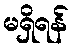
မရှိရန်